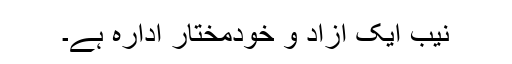
نیب ایک آزاد و خودمختار ادارہ ہے۔